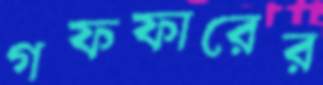
গফফারের